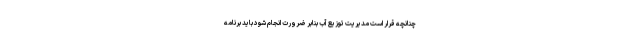
چنانچه قرار است مدیریت توزیع آب بنابر ضرورت انجام شود باید برنامه